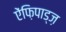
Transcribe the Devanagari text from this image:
ऐंफ़िपाड्ज़